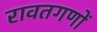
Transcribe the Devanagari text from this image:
रावतगणों